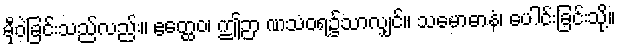
မှီဝဲခြင်းသည်လည်း။ ဧတ္ထေဝ၊ ဤဉာ ဏသံဝရ၌သာလျှင်။ သမောဓာနံ၊ ပေါင်းခြင်းသို့။